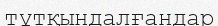
тұтқындалғандар